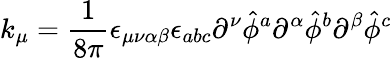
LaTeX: k_{\mu}={\frac{1}{8\pi}}\epsilon_{\mu\nu\alpha\beta}\epsilon_{abc}\partial^{\nu}{\hat{\phi}}^{a}\partial^{\alpha}{\hat{\phi}}^{b}\partial^{\beta}{\hat{\phi}}^{c}